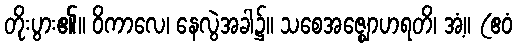
တိုးပွား၏။ ဝိကာလေ၊ နေလွဲအခါ၌။ သစေအဇ္ဈောဟရတိ၊ အံ့။ (ဧဝံ